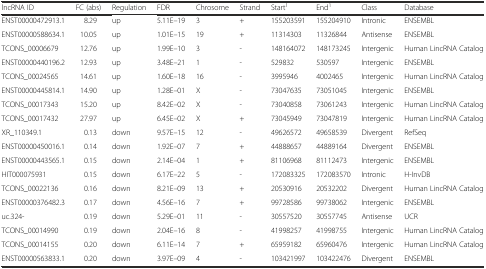
<table><thead><tr><td><b>lncRNA ID</b></td><td><b>FC (abs)</b></td><td><b>Regulation</b></td><td><b>FDR</b></td><td><b>Chrosome</b></td><td><b>Strand</b></td><td><b>Start<sup>1</sup></b></td><td><b>End<sup>1</sup></b></td><td><b>Class</b></td><td><b>Database</b></td></tr></thead><tbody><tr><td>ENST00000472913.1</td><td>8.29</td><td>up</td><td>5.11E–19</td><td>3</td><td>+</td><td>155203591</td><td>155204910</td><td>Intronic</td><td>ENSEMBL</td></tr><tr><td>ENST00000588634.1</td><td>10.05</td><td>up</td><td>1.01E–15</td><td>19</td><td>+</td><td>11314303</td><td>11326844</td><td>Antisense</td><td>ENSEMBL</td></tr><tr><td>TCONS_00006679</td><td>12.76</td><td>up</td><td>1.99E–10</td><td>3</td><td>-</td><td>148164072</td><td>148173245</td><td>Intergenic</td><td>Human LincRNA Catalog</td></tr><tr><td>ENST00000440196.2</td><td>12.93</td><td>up</td><td>3.48E–21</td><td>1</td><td>-</td><td>529832</td><td>530597</td><td>Intergenic</td><td>ENSEMBL</td></tr><tr><td>TCONS_00024565</td><td>14.61</td><td>up</td><td>1.60E–18</td><td>16</td><td>-</td><td>3995946</td><td>4002465</td><td>Intergenic</td><td>Human LincRNA Catalog</td></tr><tr><td>ENST00000445814.1</td><td>14.90</td><td>up</td><td>1.28E–01</td><td>X</td><td>-</td><td>73047635</td><td>73051045</td><td>Intergenic</td><td>ENSEMBL</td></tr><tr><td>TCONS_00017343</td><td>15.20</td><td>up</td><td>8.42E–02</td><td>X</td><td>-</td><td>73040858</td><td>73061243</td><td>Intergenic</td><td>Human LincRNA Catalog</td></tr><tr><td>TCONS_00017432</td><td>27.97</td><td>up</td><td>6.45E–02</td><td>X</td><td>+</td><td>73045949</td><td>73047819</td><td>Intergenic</td><td>Human LincRNA Catalog</td></tr><tr><td>XR_110349.1</td><td>0.13</td><td>down</td><td>9.57E–15</td><td>12</td><td>-</td><td>49626572</td><td>49658539</td><td>Divergent</td><td>RefSeq</td></tr><tr><td>ENST00000450016.1</td><td>0.14</td><td>down</td><td>1.92E–07</td><td>7</td><td>+</td><td>44888657</td><td>44889164</td><td>Divergent</td><td>ENSEMBL</td></tr><tr><td>ENST00000443565.1</td><td>0.15</td><td>down</td><td>2.14E–04</td><td>1</td><td>+</td><td>81106968</td><td>81112473</td><td>Intergenic</td><td>ENSEMBL</td></tr><tr><td>HIT000075931</td><td>0.15</td><td>down</td><td>6.17E–22</td><td>5</td><td>-</td><td>172083325</td><td>172083570</td><td>Intronic</td><td>H-InvDB</td></tr><tr><td>TCONS_00022136</td><td>0.16</td><td>down</td><td>8.21E–09</td><td>13</td><td>+</td><td>20530916</td><td>20532202</td><td>Divergent</td><td>Human LincRNA Catalog</td></tr><tr><td>ENST00000376482.3</td><td>0.17</td><td>down</td><td>4.56E–16</td><td>7</td><td>+</td><td>99728586</td><td>99738062</td><td>Intergenic</td><td>ENSEMBL</td></tr><tr><td>uc.324-</td><td>0.19</td><td>down</td><td>5.29E–01</td><td>11</td><td>-</td><td>30557520</td><td>30557745</td><td>Antisense</td><td>UCR</td></tr><tr><td>TCONS_00014990</td><td>0.19</td><td>down</td><td>2.04E–16</td><td>8</td><td>-</td><td>41998257</td><td>41998755</td><td>Intergenic</td><td>Human LincRNA Catalog</td></tr><tr><td>TCONS_00014155</td><td>0.20</td><td>down</td><td>6.11E–14</td><td>7</td><td>+</td><td>65959182</td><td>65960476</td><td>Intergenic</td><td>Human LincRNA Catalog</td></tr><tr><td>ENST00000563833.1</td><td>0.20</td><td>down</td><td>3.97E–09</td><td>4</td><td>-</td><td>103421997</td><td>103422476</td><td>Divergent</td><td>ENSEMBL</td></tr></tbody></table>